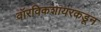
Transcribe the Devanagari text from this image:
वॉरविकशायरकडून